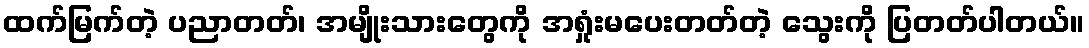
ထက်မြက်တဲ့ ပညာတတ်၊ အမျိုးသားတွေကို အရှုံးမပေးတတ်တဲ့ သွေးကို ပြတတ်ပါတယ်။